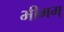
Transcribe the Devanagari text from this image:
भीमम्